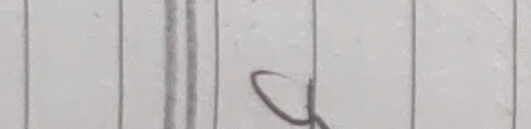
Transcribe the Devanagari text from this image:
२